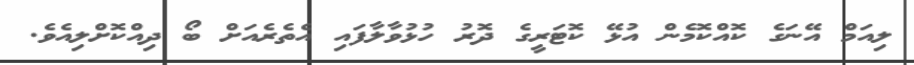
ލިއަމް އޭނަގެ ކޮއްކޮމެން އުޅޭ ކޮޓަރީގެ ދޮރު ހުޅުވާލާފައި އެތެރެއަށް ބޯ ދިއްކޮށްލިއެވެ.